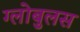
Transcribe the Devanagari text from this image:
ग्लोबुलस